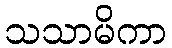
သသာမိကာ